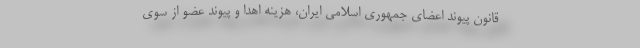
قانون پیوند اعضای جمهوری اسلامی ایران، هزینه اهدا و پیوند عضو از سوی